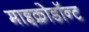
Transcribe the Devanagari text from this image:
माइक्रोडॉन्ट